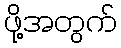
ဖို့အတွက်